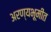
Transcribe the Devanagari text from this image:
अरण्यभूमीत